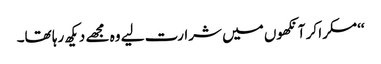
‘‘مسکرا کر آنکھوں میں شرارت لیے وہ مجھے دیکھ رہا تھا۔